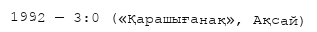
1992 — 3:0 («Қарашығанақ», Ақсай)